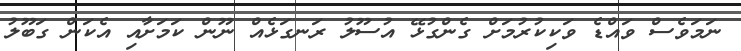
ނަމަވެސް ވައްޑެ ވަކިކުރުމަށް ގެންގުޅޭ އުސޫލު ރަނގަޅެއް ނޫން ކަމަށާއި އެކަން ގަބޫލު